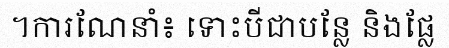
។ការណែនាំ៖ ទោះបីជាបន្លែ និងផ្លែ